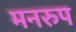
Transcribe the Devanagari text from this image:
मनरुप